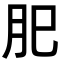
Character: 𦘺